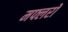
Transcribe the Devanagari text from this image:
मफ्लरों